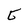
Character: c